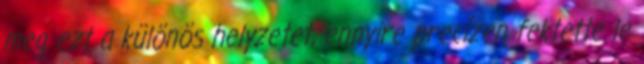
meg ezt a különös helyzetet, ennyire precízen fektette le